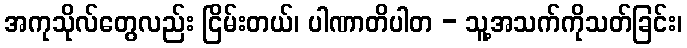
အကုသိုလ်တွေလည်း ငြိမ်းတယ်၊ ပါဏာတိပါတ - သူ့အသက်ကိုသတ်ခြင်း၊